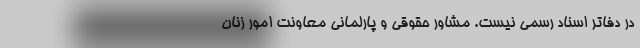
در دفاتر اسناد رسمی نیست. مشاور حقوقی و پارلمانی معاونت امور زنان